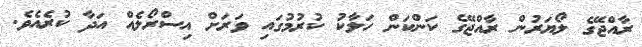
ރާއްޖޭގެ ލޯޔަރުން ރާއްޖޭގެ ކަންކަން ހަލާކު ކުރުމުގައި ވަރަށް އިސްރޯލެއް އަދާ ކުރެއެވެ.